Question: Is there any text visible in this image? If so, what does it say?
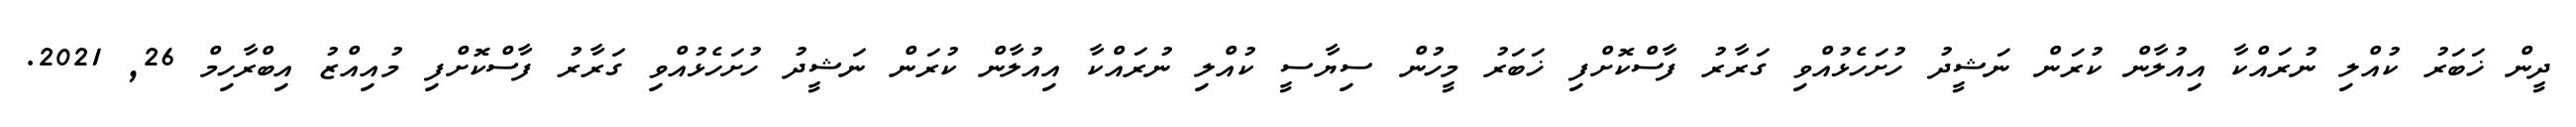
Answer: ދީން ޚަބަރު ކުއްލި ނުރައްކާ އިއުލާން ކުރަން ނަޝީދު ހުށަހެޅުއްވި ގަރާރު ފާސްކޮށްފި ޚަބަރު މީހުން ސިޔާސީ ކުއްލި ނުރައްކާ އިއުލާން ކުރަން ނަޝީދު ހުށަހެޅުއްވި ގަރާރު ފާސްކޮށްފި މުއިއްޒު އިބްރާހިމް 26, 2021.